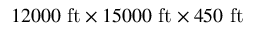
1 2 0 0 0 \ \mathrm { f t } \times 1 5 0 0 0 \ \mathrm { f t } \times 4 5 0 \ \mathrm { f t }